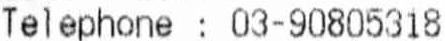
TELEPHONE : 03-90805318